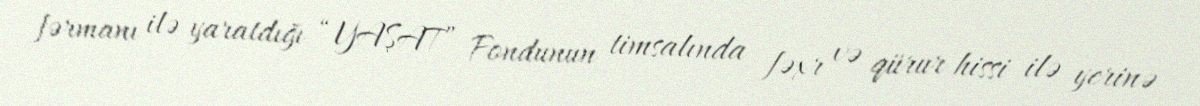
fərmanı ilə yaratdığı “YAŞAT” Fondunun timsalında fəxr və qürur hissi ilə yerinə